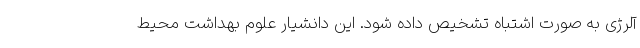
آلرژی به صورت اشتباه تشخیص داده شود. این دانشیار علوم بهداشت محیط